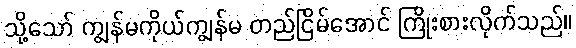
သို့သော် ကျွန်မကိုယ်ကျွန်မ တည်ငြိမ်အောင် ကြိုးစားလိုက်သည်။